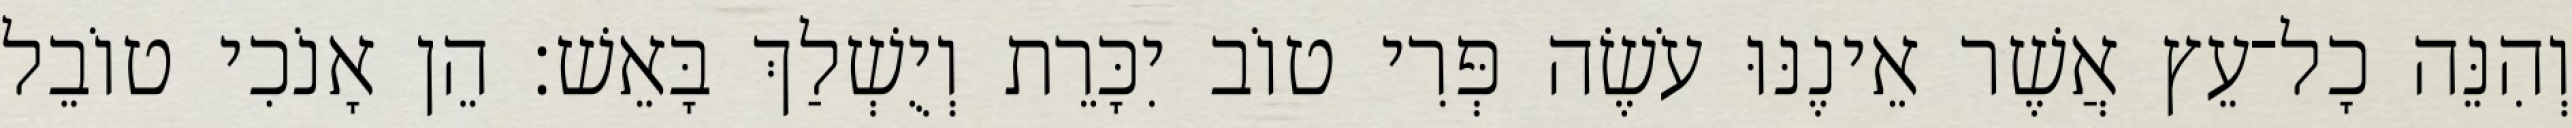
וְהִנֵּה כָל־עֵץ אֲשֶׁר אֵינֶנּוּ עֹשֶׂה פְּרִי טוֹב יִכָּרֵת וְיֻשְׁלַךְ בָּאֵשׁ׃ הֵן אָנֹכִי טוֹבֵל